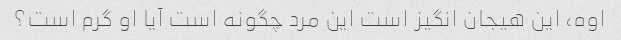
اوه، این هیجان انگیز است این مرد چگونه است آیا او گرم است؟